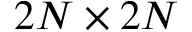
2 N \times 2 N